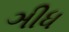
ઞીધ